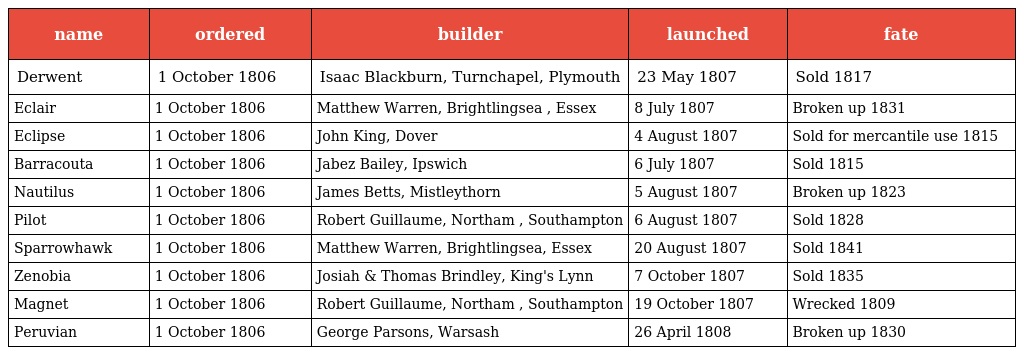
| name | ordered | builder | launched | fate |
 | --- | --- | --- | --- | --- |
 | Derwent | 1 October 1806 | Isaac Blackburn, Turnchapel, Plymouth | 23 May 1807 | Sold 1817 |
 | Eclair | 1 October 1806 | Matthew Warren, Brightlingsea , Essex | 8 July 1807 | Broken up 1831 |
 | Eclipse | 1 October 1806 | John King, Dover | 4 August 1807 | Sold for mercantile use 1815 |
 | Barracouta | 1 October 1806 | Jabez Bailey, Ipswich | 6 July 1807 | Sold 1815 |
 | Nautilus | 1 October 1806 | James Betts, Mistleythorn | 5 August 1807 | Broken up 1823 |
 | Pilot | 1 October 1806 | Robert Guillaume, Northam , Southampton | 6 August 1807 | Sold 1828 |
 | Sparrowhawk | 1 October 1806 | Matthew Warren, Brightlingsea, Essex | 20 August 1807 | Sold 1841 |
 | Zenobia | 1 October 1806 | Josiah & Thomas Brindley, King's Lynn | 7 October 1807 | Sold 1835 |
 | Magnet | 1 October 1806 | Robert Guillaume, Northam , Southampton | 19 October 1807 | Wrecked 1809 |
 | Peruvian | 1 October 1806 | George Parsons, Warsash | 26 April 1808 | Broken up 1830 |